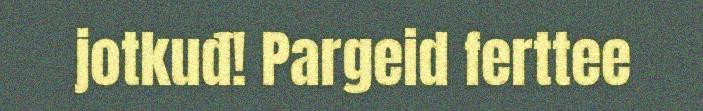
jotkuđ! Pargeid ferttee